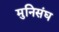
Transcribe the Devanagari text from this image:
मुनिसंघ